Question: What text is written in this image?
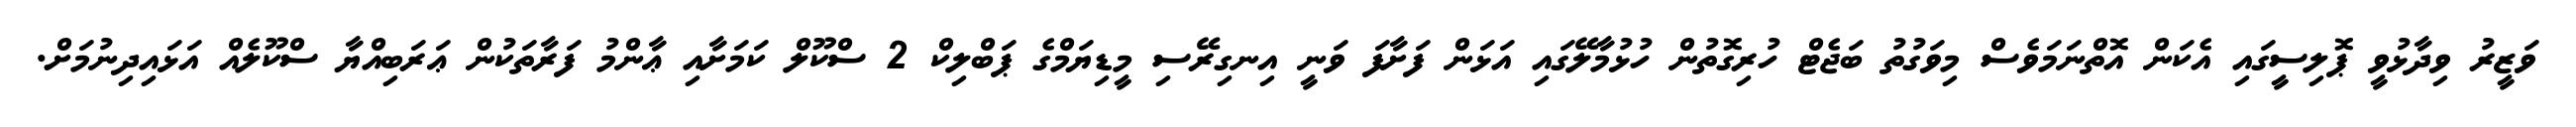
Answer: ވަޒީރު ވިދާޅުވީ ޕޮލިސީގައި އެކަން އޮތްނަމަވެސް މިވަގުތު ބަޖެޓް ހުރިގޮތުން ހުޅުމާލޭގައި އަޅަން ފަށާފަ ވަނީ އިނގިރޭސި މީޑިޔަމްގެ ޕަބްލިކް 2 ސްކޫލް ކަމަށާއި ޢާންމު ފަރާތަކުން ޢަރަބިއްޔާ ސްކޫލެއް އަޅައިދިނުމަށް.